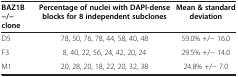
<table><thead><tr><td><b>BAZ1B -/- clone</b></td><td><b>Percentage of nuclei with DAPI-dense blocks for 8 independent subclones</b></td><td><b>Mean &amp; standard deviation</b></td></tr></thead><tbody><tr><td>D5</td><td>78, 50, 76, 78, 44, 58, 40, 48</td><td>59.0% +/- 16.0</td></tr><tr><td>F3</td><td>8, 40, 22, 56, 24, 42, 20, 24</td><td>29.5% +/- 14.0</td></tr><tr><td>M1</td><td>20, 28, 20, 18, 22, 20, 32, 38</td><td>24.8% +/- 7.0</td></tr></tbody></table>